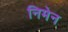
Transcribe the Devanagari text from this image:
निमेन